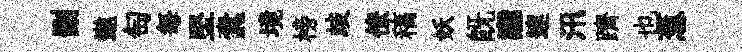
删邀匋每堅蠧境榜歧僚稿妖旣讟速汛躋也葱